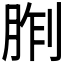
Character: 𪱢